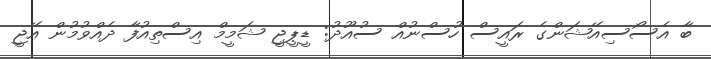
ބާ އެސޯސިއޭޝަންގެ ރައީސް ހުސްނުއް ސުއޫދު: ޑީޕީޖީ ޝަމީމް އިސްތިއުފާ ދެއްވުމުން އޭޖީ